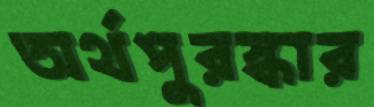
অর্থপুরস্কার